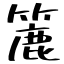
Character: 簏